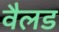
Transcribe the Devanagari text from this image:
वैलड